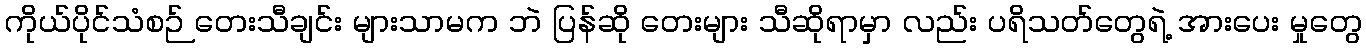
ကိုယ်ပိုင်သံစဉ် တေးသီချင်း များသာမက ဘဲ ပြန်ဆို တေးများ သီဆိုရာမှာ လည်း ပရိသတ်တွေရဲ့ အားပေး မှုတွေ